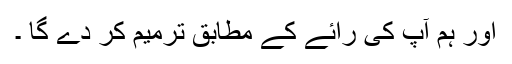
اور ہم آپ کی رائے کے مطابق ترمیم کر دے گا ۔